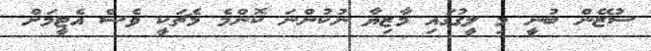
ސުޒޭން ބުނީ މި ލީގުގައި މާޒިޔާ ނުކުންނަ ކޮންމެ މެޗަކީ ވެސް އެޓީމަށް